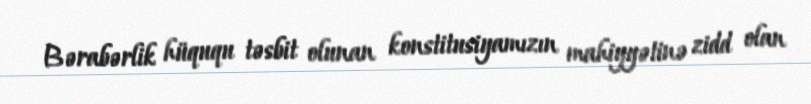
Bərabərlik hüququ təsbit olunan konstitusiyamızın mahiyyətinə zidd olan